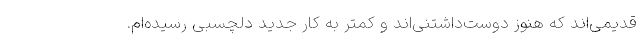
قدیمی‌اند که هنوز دوست‌داشتنی‌اند و کمتر به کار جدیدِ دلچسبی رسیده‌ام.